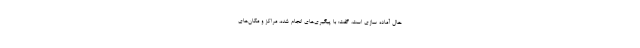
حال آماده سازی است، گفت: با پیگیری‌های انجام شده، مراکز و مکان‌های